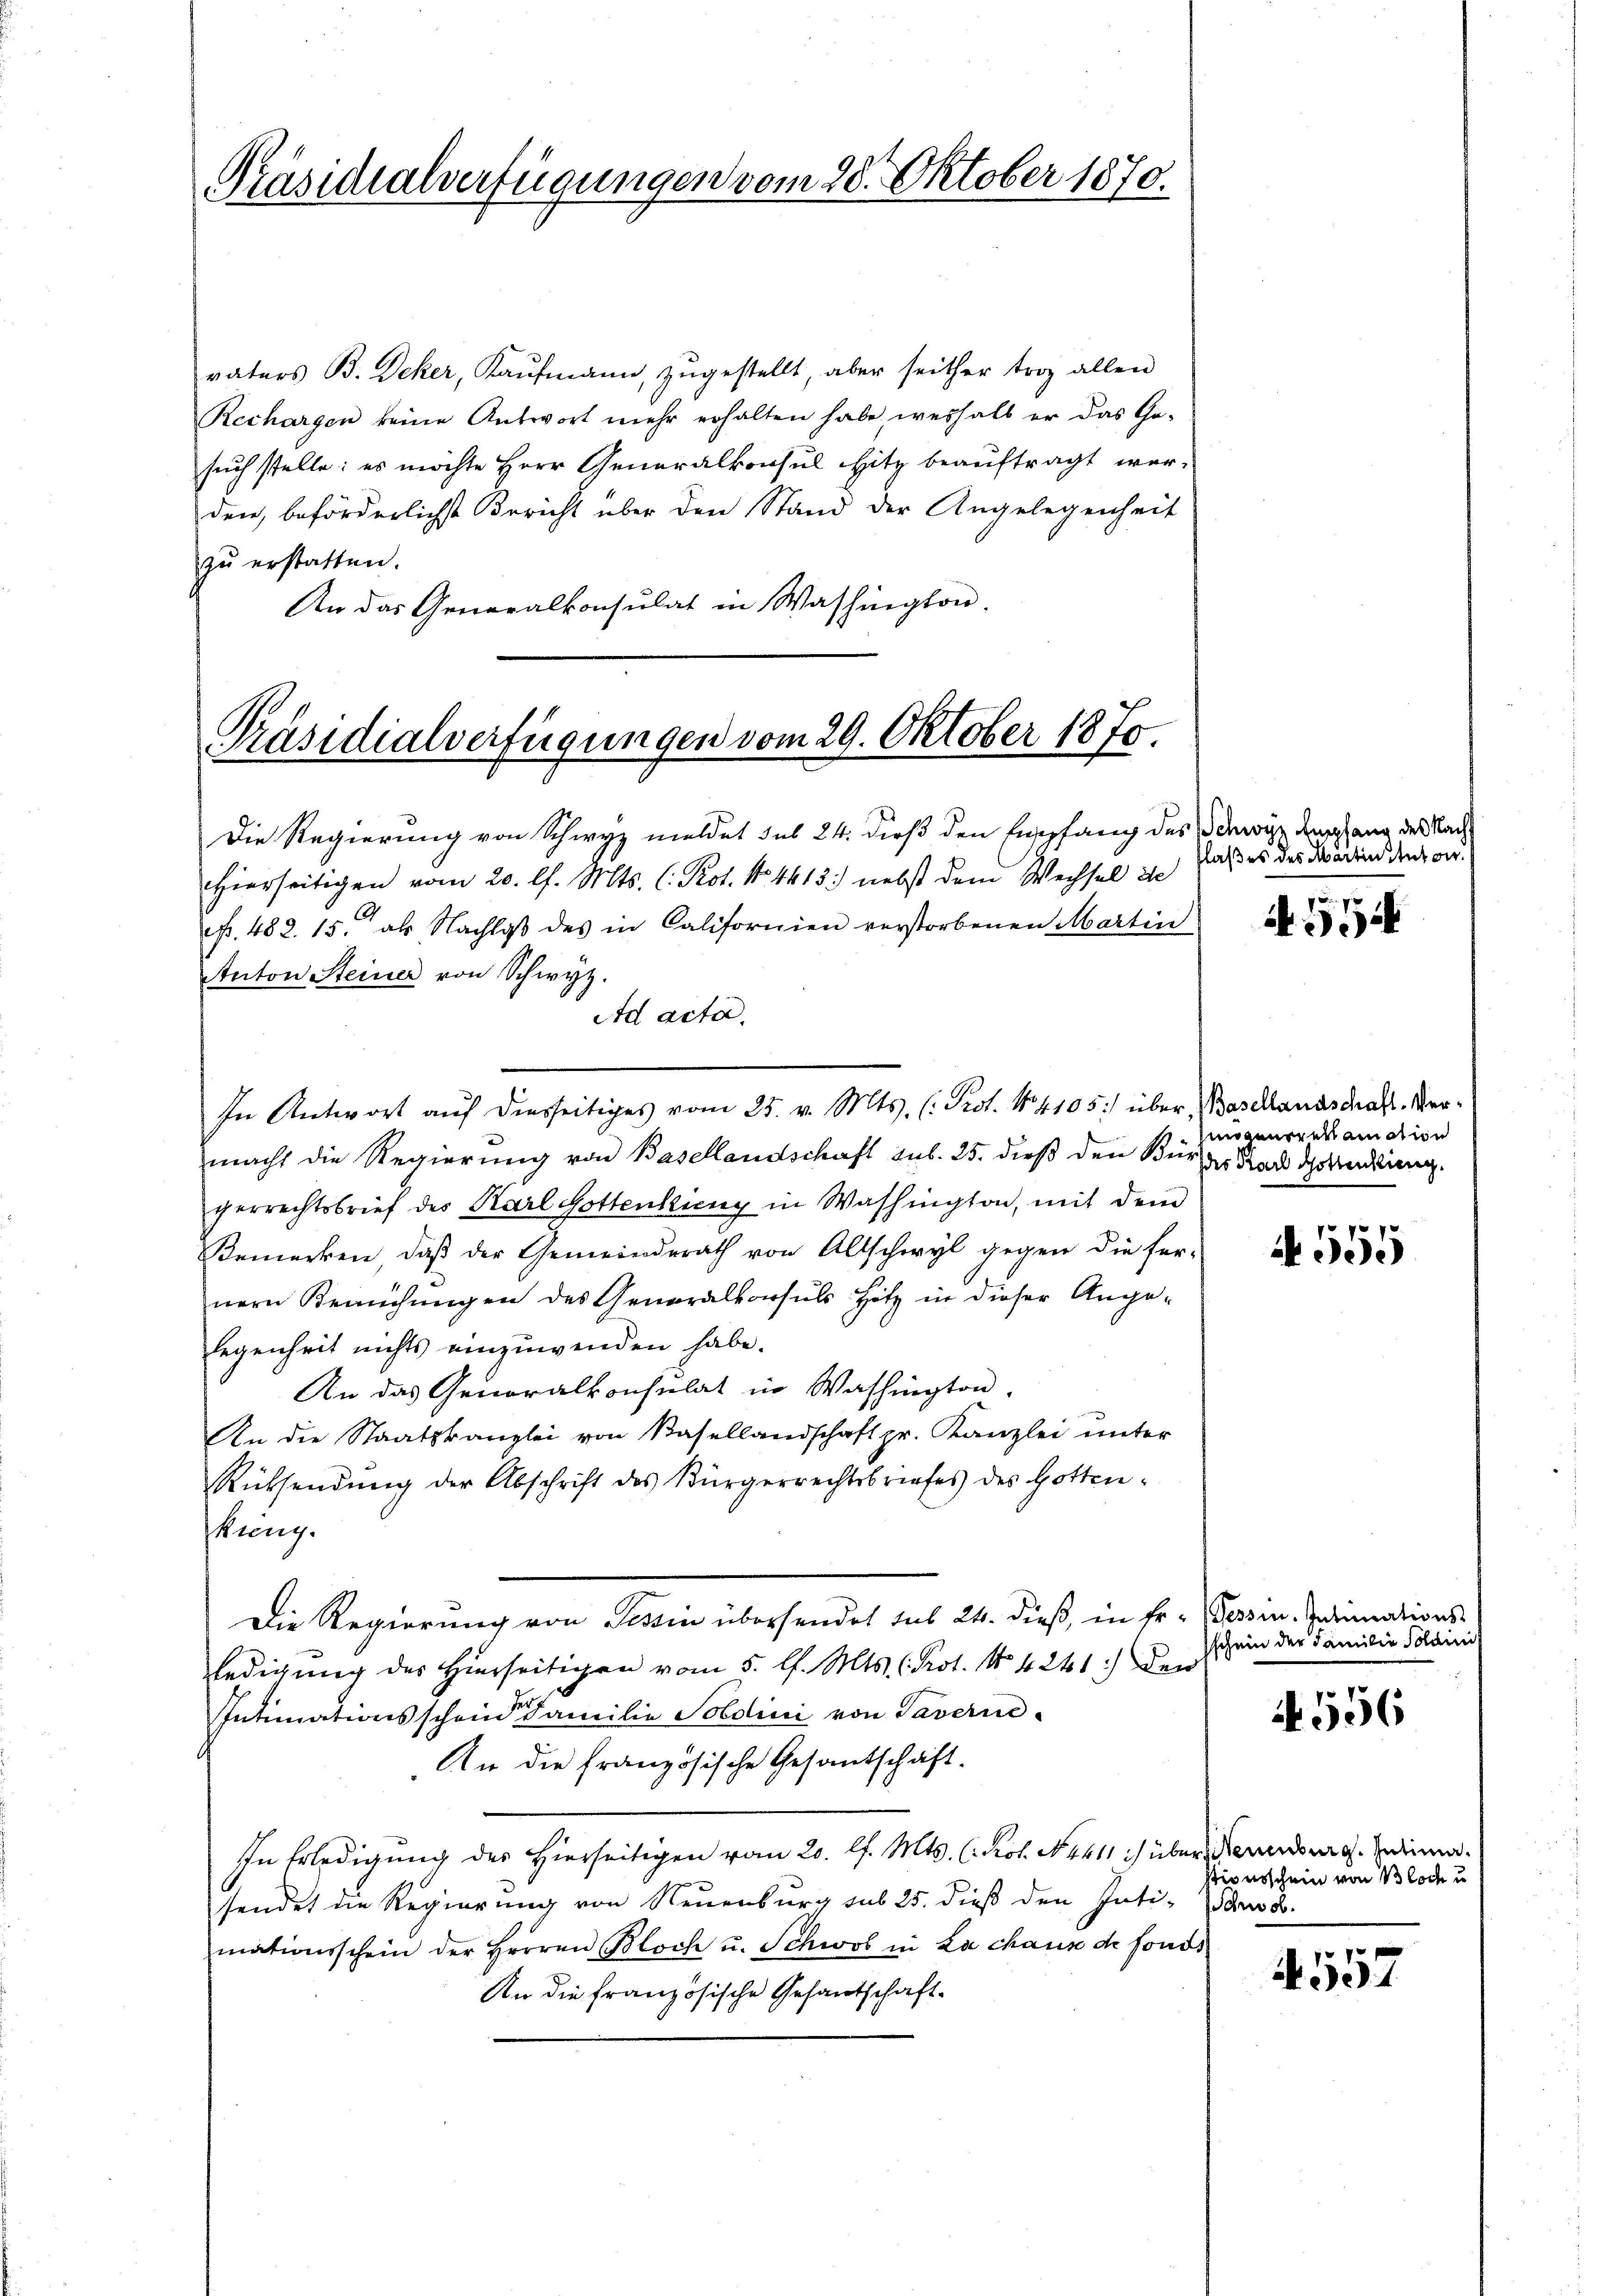
Präsidialverfügungen vom 28. Oktober 1870.

vaters B. Deker, Kaufmann, zugestellt, aber seither trag allen
Rechargen keine Antwort mehr erhalten habe weshalb er das Ge-
such stelle: es möchte Herr Generalkonsul Hitz beauftragt werden, beförderlichste Bericht über den Stand der Angelegenheit
zŭ erstatten.
An das Generalkonsulat in Washington.

Präsidialverfügungen vom 29. Oktober 1870.

Die Regierung von Schwyz meldet sub 24. dieß den Empfang des Schwyz derlang des Nach
Hierseitigen vom 20. l. Mts. C. Prot. No. 4413) nebst dem Wechsel de
N. 482. 15. als Nachlaβ des in Californien verstorbenen Martin
Anton Steiner von Schwyz.
Ad acta.
In Antwort aŭf diesseitiges vom 25. v. Mts. (: Prot. No. 4105) über Baschlandskraft. Vermacht die Regierung von Basellandschaft sub. 25. dieß den Bürdes Stadt dotalieng.
gerrechtsbrief des Karl Gottenkung in Washington, mit dem
Bemerken, daß der Gemeinderath von Altschwyl gegen die fer-
nern Bemühungen des Generalkonsuls Hotz in dieser Ange-
legenheit nichts einzuwenden habe.
An das Generalkonsulat in Washington,
An die Staatskanzlei von Basellandschaft pr. Kanzlei unter
RRücksendung der Abschrift des Bürgerrechtsbriefes des Gottenkung.
Die Regierung von Tessin übersendet sub 24. dieß, in Fr. Tessin. Intimationsledigung des Hierseitigen vom 5. l. Mts. (Prot. No 4241:) den
Intimationsscheiner Familie Soldini von Taverne
An die französische Gesantschaft.
In Erledigung des Hierseitigen vom 20. l. Mts. (Rol. N. 4411 c) über Neuenburg. Intima.
sendet die Regierung von Neuenburg sub 25. dieß den Inti-Starb.
mationsschein der Herren Bloch u. Schwol in La chaus de fonds
An die französische Gesantschaft

laßes des Martin Anton.

x
)

mögensreklamation

A 555

ein der Familie Solan
sehen

N 556

stionsschein von Bloch u

4557